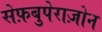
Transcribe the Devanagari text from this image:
सेफ़बुपेराज़ोन